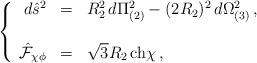
LaTeX: \begin{align*}\left\{ \begin{array}{rcl}d\hat{s}^{2} & = & R_{2}^{2}\, d\Pi_{(2)}^{2}-(2R_{2})^{2}\, d\Omega_{(3)}^{2}\, , \\& & \\\hat{\mathcal{F}}_{\chi\phi} & = & \sqrt{3}R_{2}\, {\rm ch}\chi\, ,\\ \end{array}\right.\end{align*}